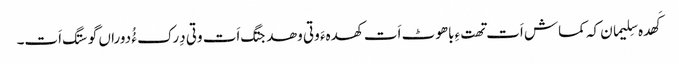
کَھدہ سِلیمان کہ کماش اَت تھتءِ باھوٹ اَت کھدہءَ وتی وھدجتگ اَت وتی دِرک ءُُ دوراں گوستگ اَت۔